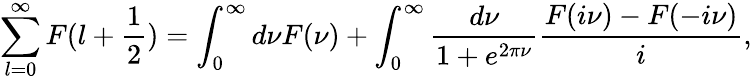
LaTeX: \sum_{l=0}^{\infty}F(l+\frac 12)=\int_{0}^{\infty}d\nu F(\nu)+\int_{0}^{\infty}\frac{d\nu}{1+e^{2\pi\nu}}\frac{F(i\nu)-F(-i\nu)}{i},